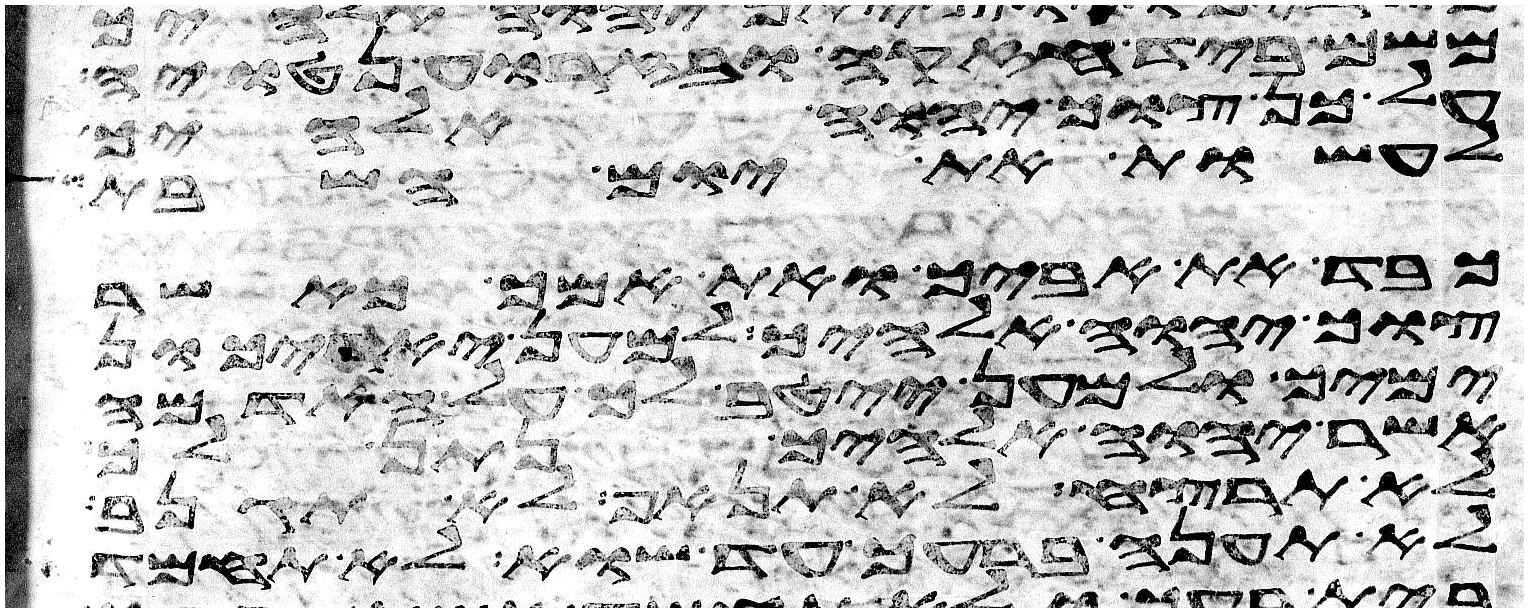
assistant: משם ביד חזקה ובזרוע נטויה
על כן צוך יהוה אלהיך
לעשות את יום השבת
כבד את אביך ואת אמך כאשר
צוך יהוה אלהיך למען יארכון
ימיך ולמען ייטב לך על האדמה
אשר יהוה אלהיך נתן לך
לא תרצח לא תנאף לא תגנב
לא תענה ברעך עד שוא לא תחמד